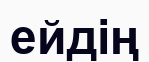
ейдің